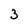
Character: 3